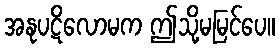
အနုပဋိလောမက ဤသို့မမြင်ပေ။